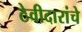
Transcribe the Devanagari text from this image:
ठेवीदारांचे